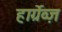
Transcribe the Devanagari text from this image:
हार्ग्रेव्ज़